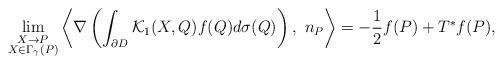
LaTeX: \begin{align*}\lim_{\substack{X\rightarrow P\\ X\in \Gamma_{\gamma}(P)}}\left\langle\nabla\left(\int_{\partial D}\mathcal{K}_{1}(X, Q)f(Q)d\sigma(Q)\right),\,\, n_{P}\right\rangle =-\frac{1}{2}f(P)+T^{*}f(P),\end{align*}